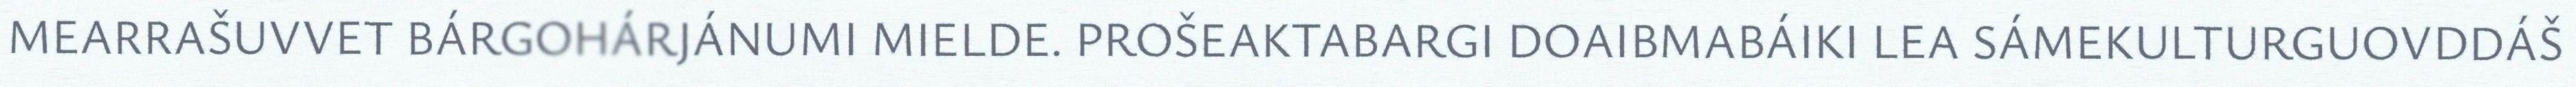
MEARRAŠUVVET BÁRGOHÁRJÁNUMI MIELDE. PROŠEAKTABARGI DOAIBMABÁIKI LEA SÁMEKULTURGUOVDDÁŠ